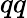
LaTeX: qq